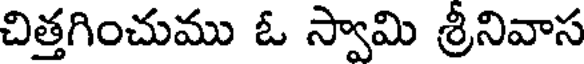
చిత్తగించుము ఓ స్వామి శ్రీనివాస